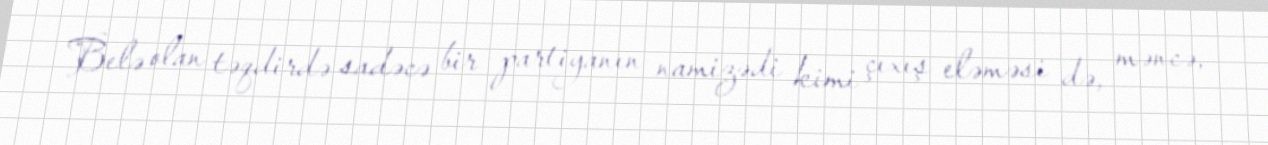
Belə olan təqdirdə sadəcə bir partiyanın namizədi kimi çıxış eləməsi də, məncə,